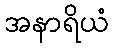
အနာရိယံ